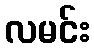
လမင်း